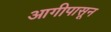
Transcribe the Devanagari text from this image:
आगीपासून